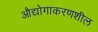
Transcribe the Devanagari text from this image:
औद्योगाकरणशील